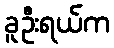
ခူဦးရယ်က